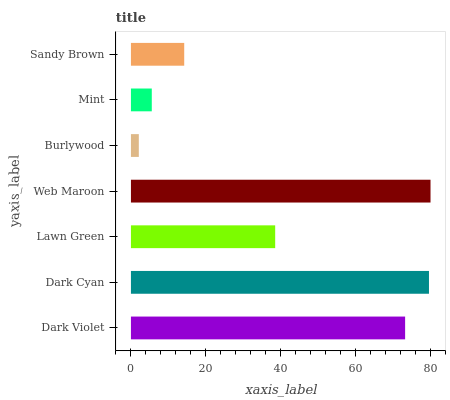
| yaxis_label | bars |
 | --- | --- |
 | Dark Violet | 73.3 |
 | Dark Cyan | 79.7 |
 | Lawn Green | 38.6 |
 | Web Maroon | 80.1 |
 | Burlywood | 2.11 |
 | Mint | 5.57 |
 | Sandy Brown | 14.2 |